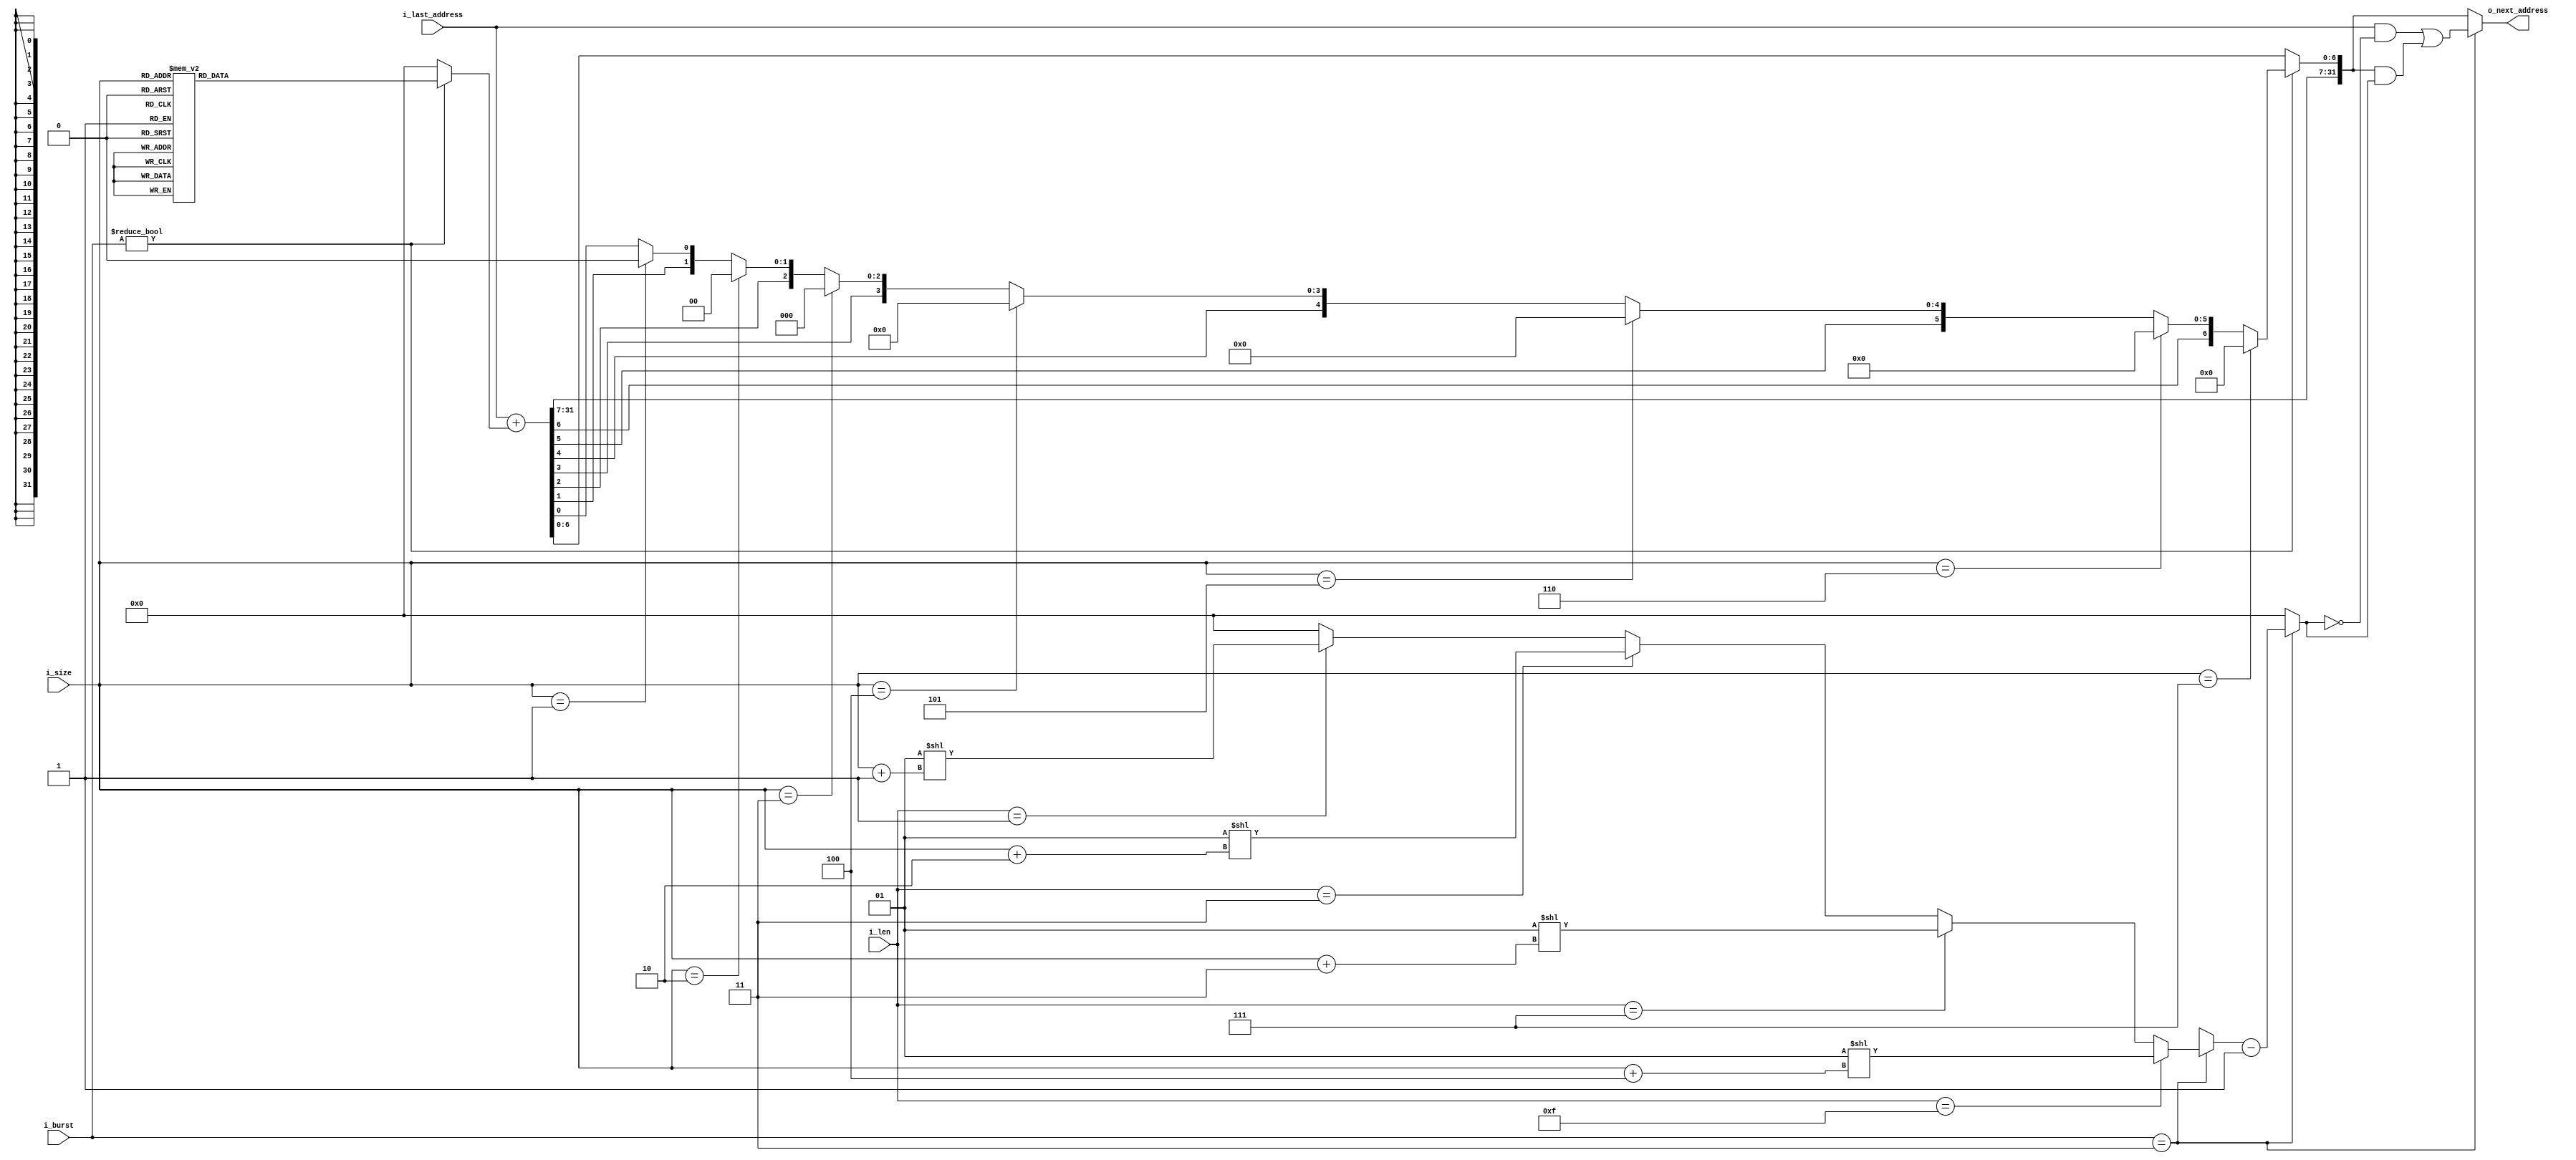
`default_nettype none  //inputoutput
    

module faxi_address #(
    parameter AW = 32
) (
    input  wire [AW - 1 : 0] i_last_address,
    input  wire [2 : 0]      i_size,    // 2^i_size Byte1B,2B,4B,8B,16B,etc
    input  wire [1 : 0]      i_burst,   // FIXED , INCR , WRAP
    input  wire [7 : 0]      i_len,    // 1~256i_len0~255i_len + 1
                                   // INCR0~255 FIXED0~15 WRAP 1 3 7 15
                                   //Cachei_len * i_sizeWRAP2^n
    output reg  [AW - 1 : 0] o_next_address
);
    localparam FIXED = 2'b00;
    localparam INCR  = 2'b01;
    localparam WRAP  = 2'b11;

    reg [AW - 1 : 0] wrap_mask,increment; //increment

    always @(*) begin
        increment = 0;  //FIXED
        if(i_burst != FIXED) begin
            case(i_size) 
                3'b000:  increment = 1;
                3'b001:  increment = 2;
                3'b010:  increment = 4;
                3'b011:  increment = 8;
                3'b100:  increment = 16;
                3'b101:  increment = 32;
                3'b110:  increment = 64;
                3'b111:  increment = 128;
                default: increment = 0;
            endcase
        end
    end

    always @(*) begin
        wrap_mask = 'b0;   //FIXED & INCR
        if(i_burst == WRAP) begin
            if(i_len == 1) begin
                wrap_mask = 1 << (i_size + 1);
            end
            if(i_len == 3) begin
                wrap_mask = 1 << (i_size + 2);
            end
            if(i_len == 7) begin
                wrap_mask = 1 << (i_size + 3);
            end
            if(i_len == 15) begin
                wrap_mask = 1 << (i_size + 4);
            end
            wrap_mask = wrap_mask - 1'b1;
        end 
    end

    always @(*) begin
        o_next_address = i_last_address + increment;
        if(i_burst != FIXED) begin
            // if(i_size == 0) begin
            //     o
            // end               i_size01byte1
            if(i_size == 1) begin
                o_next_address[0] = 0; 
            end
            if(i_size == 2) begin
                o_next_address[1 : 0] = 0;
            end
            if(i_size == 3) begin
                o_next_address[2 : 0] = 0;
            end
            if(i_size == 4) begin
                o_next_address[3 : 0] = 0;
            end
            if(i_size == 5) begin
                o_next_address[4 : 0] = 0;
            end
            if(i_size == 6) begin
                o_next_address[5 : 0] = 0;
            end
            if(i_size == 7) begin
                o_next_address[6 : 0] = 0;
            end
        end
        if(i_burst == WRAP) begin
            o_next_address = (i_last_address & ~wrap_mask) |       //len=1,i_size=382517
                             (o_next_address & wrap_mask);         //
        end
    end

endmodule